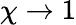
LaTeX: \chi\rightarrow 1